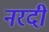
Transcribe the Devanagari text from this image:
नरदी